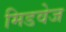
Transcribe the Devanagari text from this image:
मिडवेज